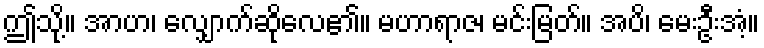
ဤသို့။ အာဟ၊ လျှောက်ဆိုလေ၏။ မဟာရာဇ၊ မင်းမြတ်။ အပိ၊ မေးဦးအံ့။